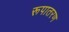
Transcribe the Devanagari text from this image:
रूपातरण